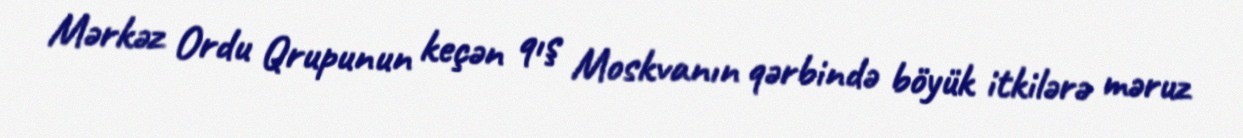
Mərkəz Ordu Qrupunun keçən qış Moskvanın qərbində böyük itkilərə məruz